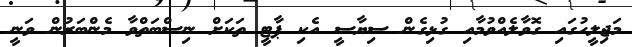
މަޖިލީހުގައި ގޮވާލެއްވުމާއި ގުޅިގެން ސިޔާސީ އެކި ޕާޓީ ތަކަށް ނިސްބަތްވާ މެންބަރުން ވަނީ